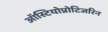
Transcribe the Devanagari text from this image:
ऑस्टियोप्रोटिजरिन